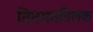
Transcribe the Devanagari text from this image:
तितमततिलक